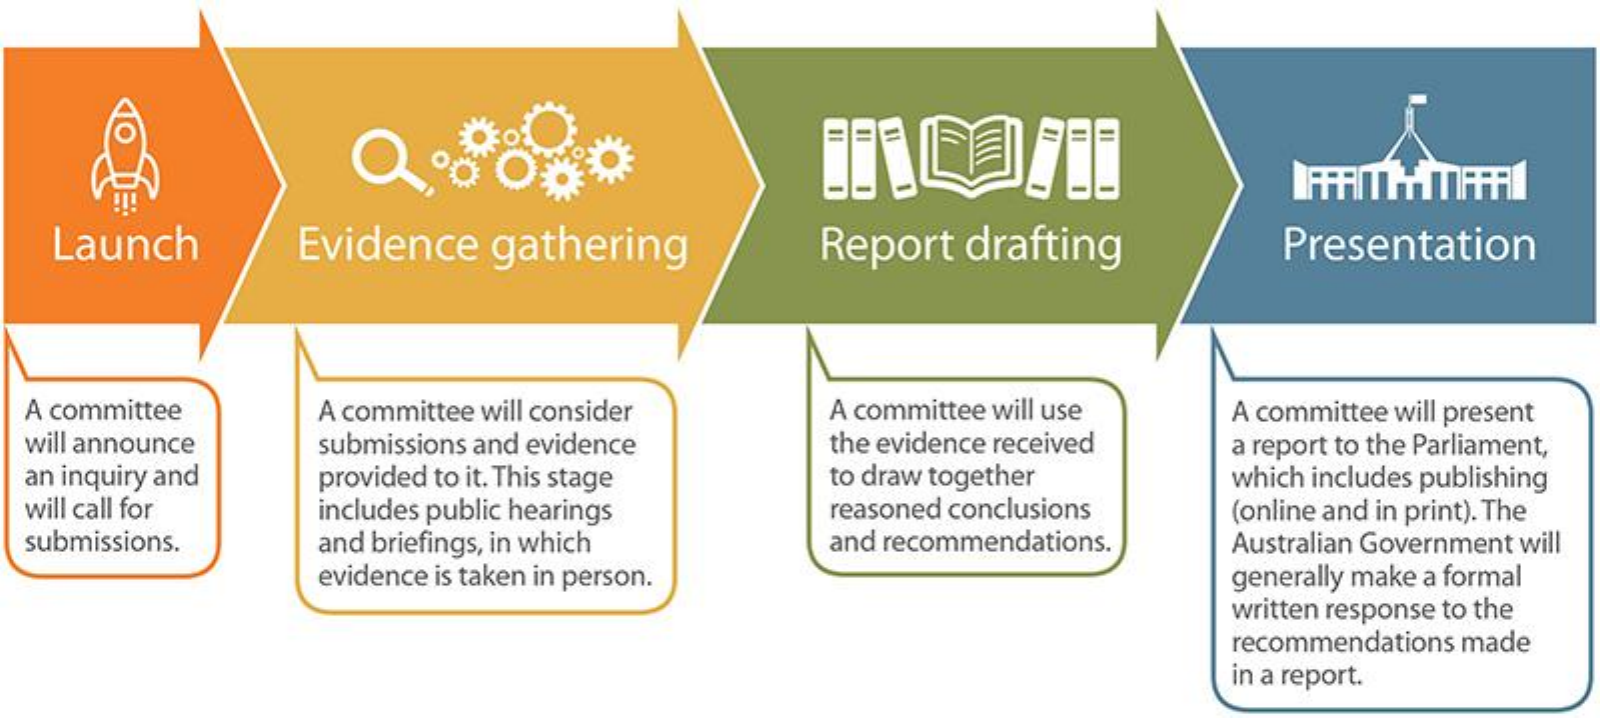
- =    =
   Launch    Evidence  gathering    Report drafting    Presentation
  A committee   A committee will consider A committee will use A committee will present
  will announce submissions and evidence  the evidence received a report to the Parliament,
  an inquiry and provided to it. This stage to draw together  which includes publishing
  will call for includes public hearings  reasoned conclusions (online and in print). The
  submissions.  and briefings, in which   and recommendations. Australian Government will
     evidence is taken in person.    generally make a formal
     written response to the
     recommendations made
     in a report.